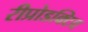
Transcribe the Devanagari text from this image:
रीप्रोडक्टिव